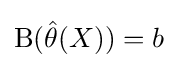
\mathrm {B} ({\hat {\theta }}(X))=b